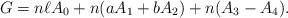
LaTeX: \begin{align*}G=n\ell A_0+n(aA_1+bA_2)+n(A_3-A_4). \end{align*}